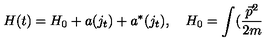
H ( t ) = H _ { 0 } + a ( j _ { t } ) + a ^ { * } ( j _ { t } ) , \quad H _ { 0 } = \int ( \frac { \vec { p } ^ { 2 } } { 2 m }